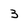
Character: 3